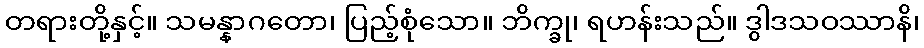
တရားတို့နှင့်။ သမန္နာဂတော၊ ပြည့်စုံသော။ ဘိက္ခု၊ ရဟန်းသည်။ ဒွါဒသဝဿာနိ၊